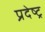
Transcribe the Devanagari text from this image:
प्रदेष्ट्र